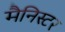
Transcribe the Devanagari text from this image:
मैनिस्टर